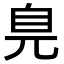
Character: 𦣾